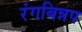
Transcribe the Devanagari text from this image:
रंगबिन्नप